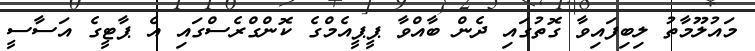
މައުލޫމާތު ލިބިފައިވާ ގޮތުގައި ދެން ބާއްވާ ޕީޕީއެމްގެ ކޮންގްރެސްގައި އެ ޕާޓީގެ އަސާސީ